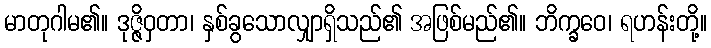
မာတုဂါမ၏။ ဒုဇ္ဇိဝှတာ၊ နှစ်ခွသောလျှာရှိသည်၏ အဖြစ်မည်၏။ ဘိက္ခဝေ၊ ရဟန်းတို့။